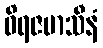
ဝိရဇမာသီနံ